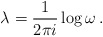
\begin{align*}\lambda=\frac{1}{2\pi i}\log{\omega}\, .\end{align*}